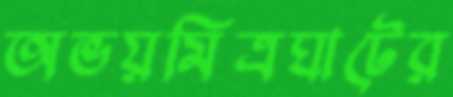
অভয়মিত্রঘাটের